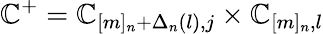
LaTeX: \mathbb{C}^{+}=\mathbb{C}_{[m]_{n}+\Delta_{n}(l),j}\times\mathbb{C}_{[m]_{n},l}